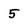
Character: 5